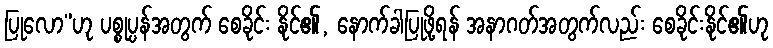
ပြုလော”ဟု ပစ္စုပ္ပန်အတွက် စေခိုင်း နိုင်၏, နောက်ခါပြုဖို့ရန် အနာဂတ်အတွက်လည်း စေခိုင်းနိုင်၏ဟု